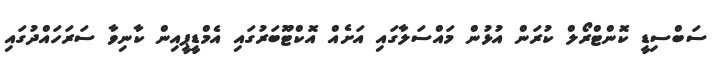
ސަބްސިޑީ ކޮންޓްރޯލް ކުރަން އުޅުން މައްސަލާގައި އަށެއް އޮކްޓޫބަރުގައި އެމްޑީޕީއިން ކާނިވާ ސަރަހައްދުގައި